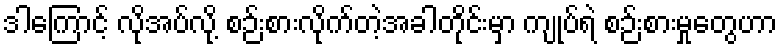
ဒါကြောင့် လိုအပ်လို့ စဉ်းစားလိုက်တဲ့အခါတိုင်းမှာ ကျုပ်ရဲ စဉ်းစားမှုတွေဟာ